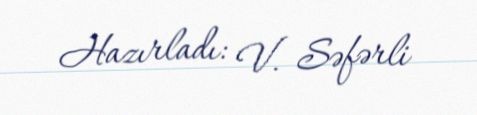
Hazırladı: V. Səfərli